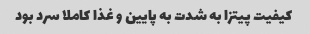
کیفیت پیتزا به شدت به پایین و غذا کاملا سرد بود